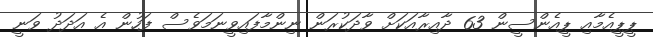
ޕީޕީއެމާއި ޕީއެންސީން 63 ދާއިރާއަކަށް ވާދަކުރަން ނިންމާފައިވީނަމަވެސް ފަހުން އެ އަދަދު ވަނީ